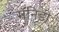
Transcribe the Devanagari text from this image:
मॅनिडी